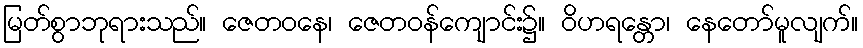
မြတ်စွာဘုရားသည်။ ဇေတဝနေ၊ ဇေတဝန်ကျောင်း၌။ ဝိဟရန္တော၊ နေတော်မူလျက်။